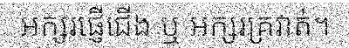
អក្សរផ្ញើជើង ឬ អក្សរគ្រវាត់។